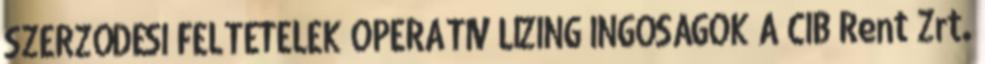
SZERZŐDÉSI FELTÉTELEK OPERATÍV LÍZING INGÓSÁGOK A CIB Rent Zrt.